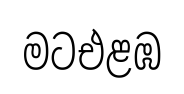
මටඑළඹ